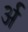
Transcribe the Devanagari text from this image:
र्अ